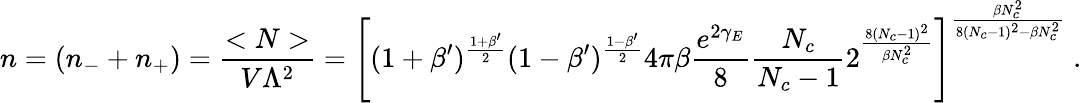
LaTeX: n=(n_{-}+n_{+})=\frac{<N>}{V\Lambda^{2}}=\Bigg[(1+\beta^{\prime})^{\frac{1+\beta^{\prime}}{2}}(1-\beta^{\prime})^{\frac{1-\beta^{\prime}}{2}}4\pi\beta\frac{e^{2\gamma_{E}}}{8}\frac{N_{c}}{N_{c}-1}2^{\frac{8(N_{c}-1)^{2}}{\beta N_{c}^{2}}}\Bigg]^{\frac{\beta N_{c}^{2}}{8(N_{c}-1)^{2}-\beta N_{c}^{2}}}\; .